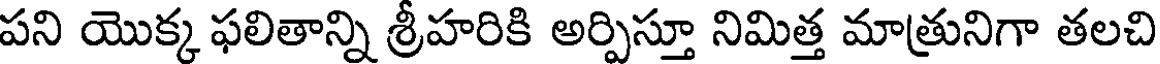
పని యొక్క ఫలితాన్ని శ్రీహరికి అర్పిస్తూ నిమిత్త మాత్రునిగా తలచి